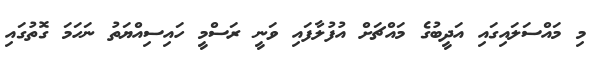
މި މައްސަލައިގައި އަދީބުގެ މައްޗަށް އުފުލާފައި ވަނީ ރަސްމީ ހައިސިއްޔަތު ނަހަމަ ގޮތުގައި